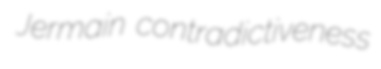
Jermain contradictiveness